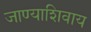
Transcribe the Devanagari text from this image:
जाण्याशिवाय